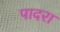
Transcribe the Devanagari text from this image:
पादरा